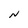
Character: N